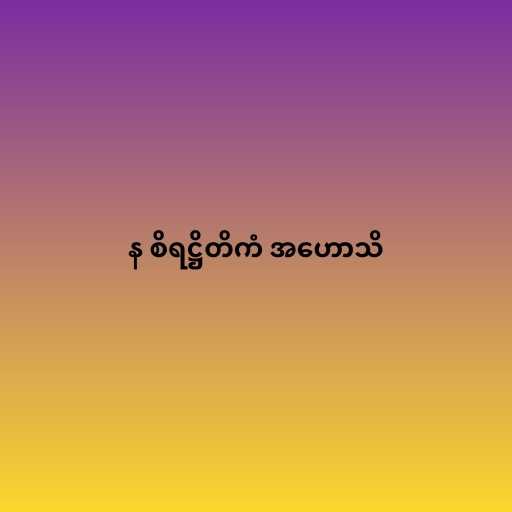
န စိရဋ္ဌိတိကံ အဟောသိ